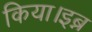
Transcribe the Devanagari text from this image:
किया।इब्न